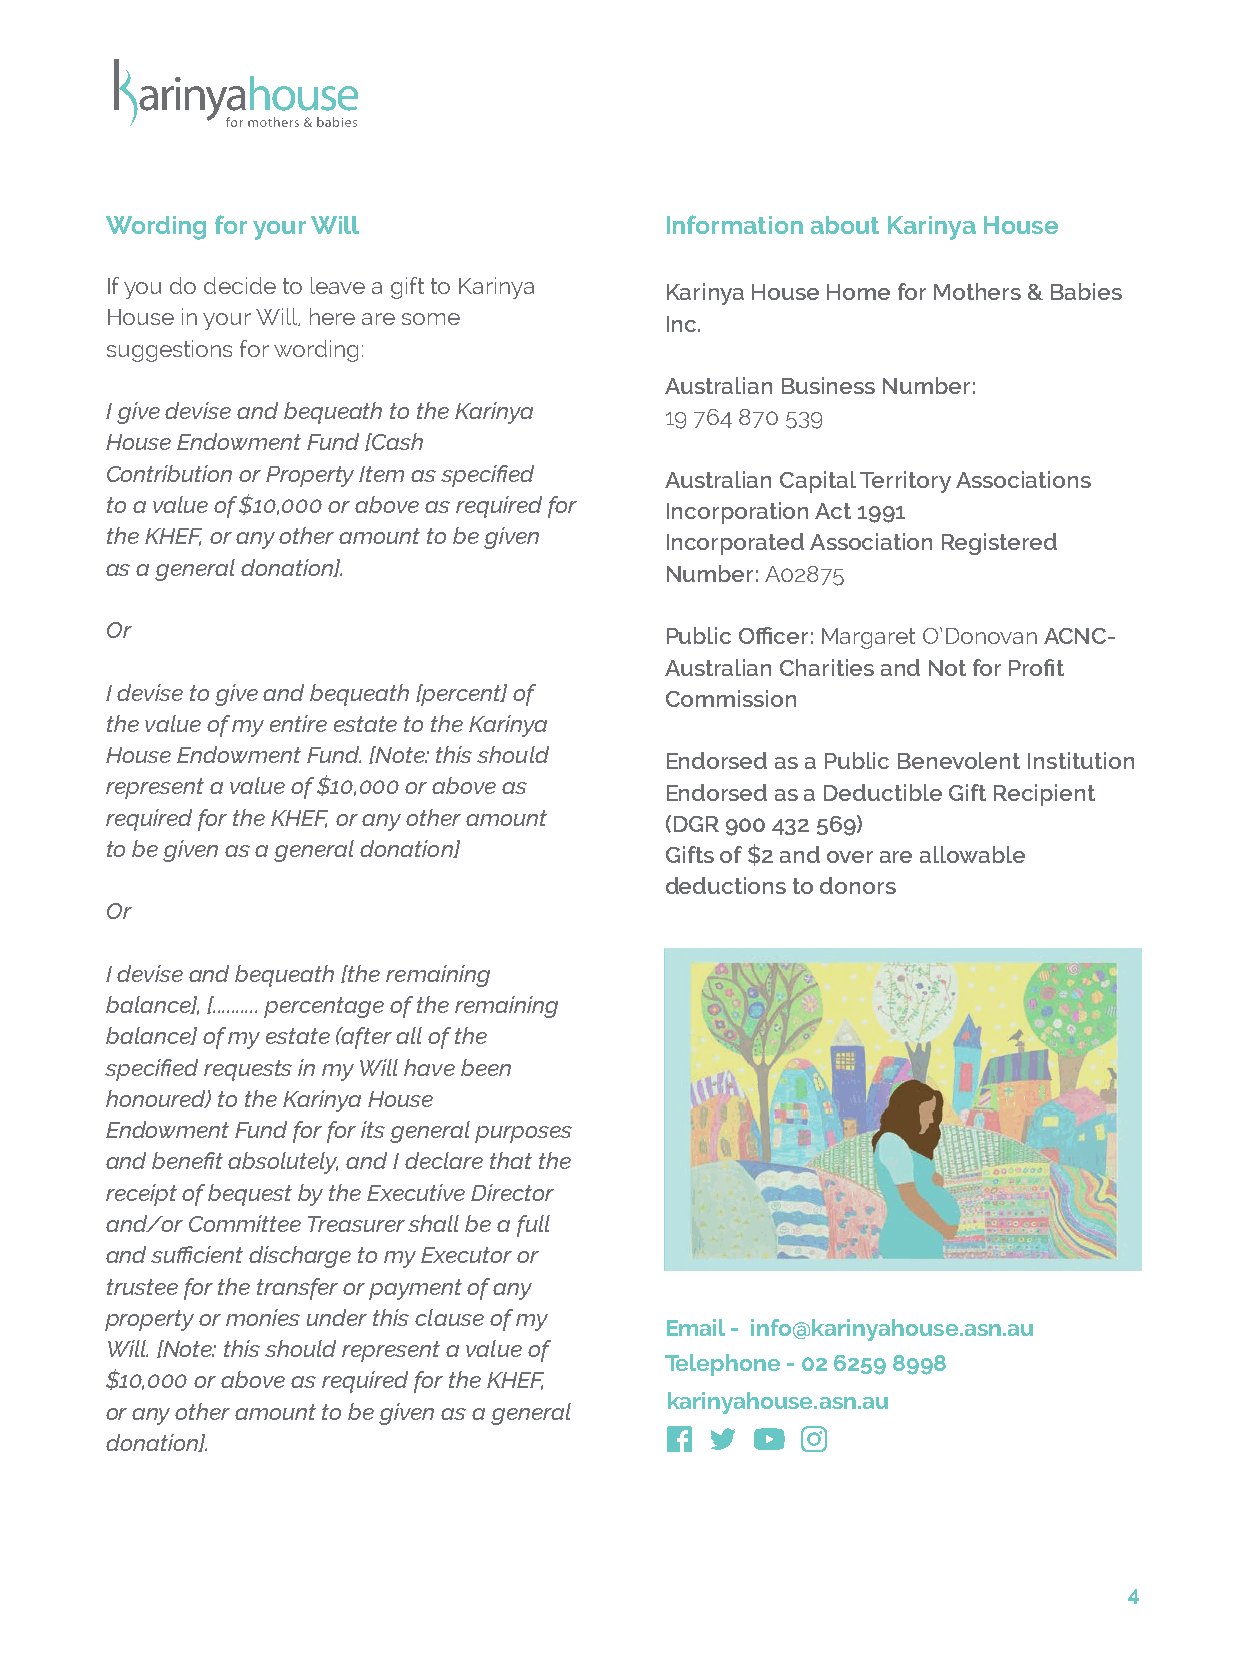
Wording for your Will                Information about Karinya House
 If you do decide to leave a gift to Karinya
 Karinya House Home for Mothers & Babies
 House in your Will, here are some
 Inc.
 suggestions for wording:
 Australian Business Number:
 I give devise and bequeath to the Karinya 19 764 870 539
 House Endowment Fund [Cash
 Contribution or Property Item as specified
 Australian Capital Territory Associations
 to a value of $10,000 or above as required for
 Incorporation Act 1991
 the KHEF, or any other amount to be given
 Incorporated Association Registered
 as a general donation].              Number: A02875
 Or                                   Public Officer: Margaret O’Donovan ACNC-
 Australian Charities and Not for Profit
 I devise to give and bequeath [percent] of
 Commission
 the value of my entire estate to the Karinya
 House Endowment Fund. [Note: this should
 Endorsed as a Public Benevolent Institution
 represent a value of $10,000 or above as
 Endorsed as a Deductible Gift Recipient
 required for the KHEF, or any other amount
 (DGR 900 432 569)
 to be given as a general donation]
 Gifts of $2 and over are allowable
 deductions to donors
 Or
 I devise and bequeath [the remaining
 balance], [.......... percentage of the remaining
 balance] of my estate (after all of the
 specified requests in my Will have been
 honoured) to the Karinya House
 Endowment Fund for for its general purposes
 and benefit absolutely, and I declare that the
 receipt of bequest by the Executive Director
 and/or Committee Treasurer shall be a full
 and sufficient discharge to my Executor or
 trustee for the transfer or payment of any
 property or monies under this clause of my
 Email - info@karinyahouse.asn.au
 Will. [Note: this should represent a value of
 Telephone - 02 6259 8998
 $10,000 or above as required for the KHEF,
 karinyahouse.asn.au
 or any other amount to be given as a general
 donation].
 4